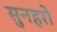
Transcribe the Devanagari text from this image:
सुनहरो